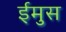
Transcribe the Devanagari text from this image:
ईमुस